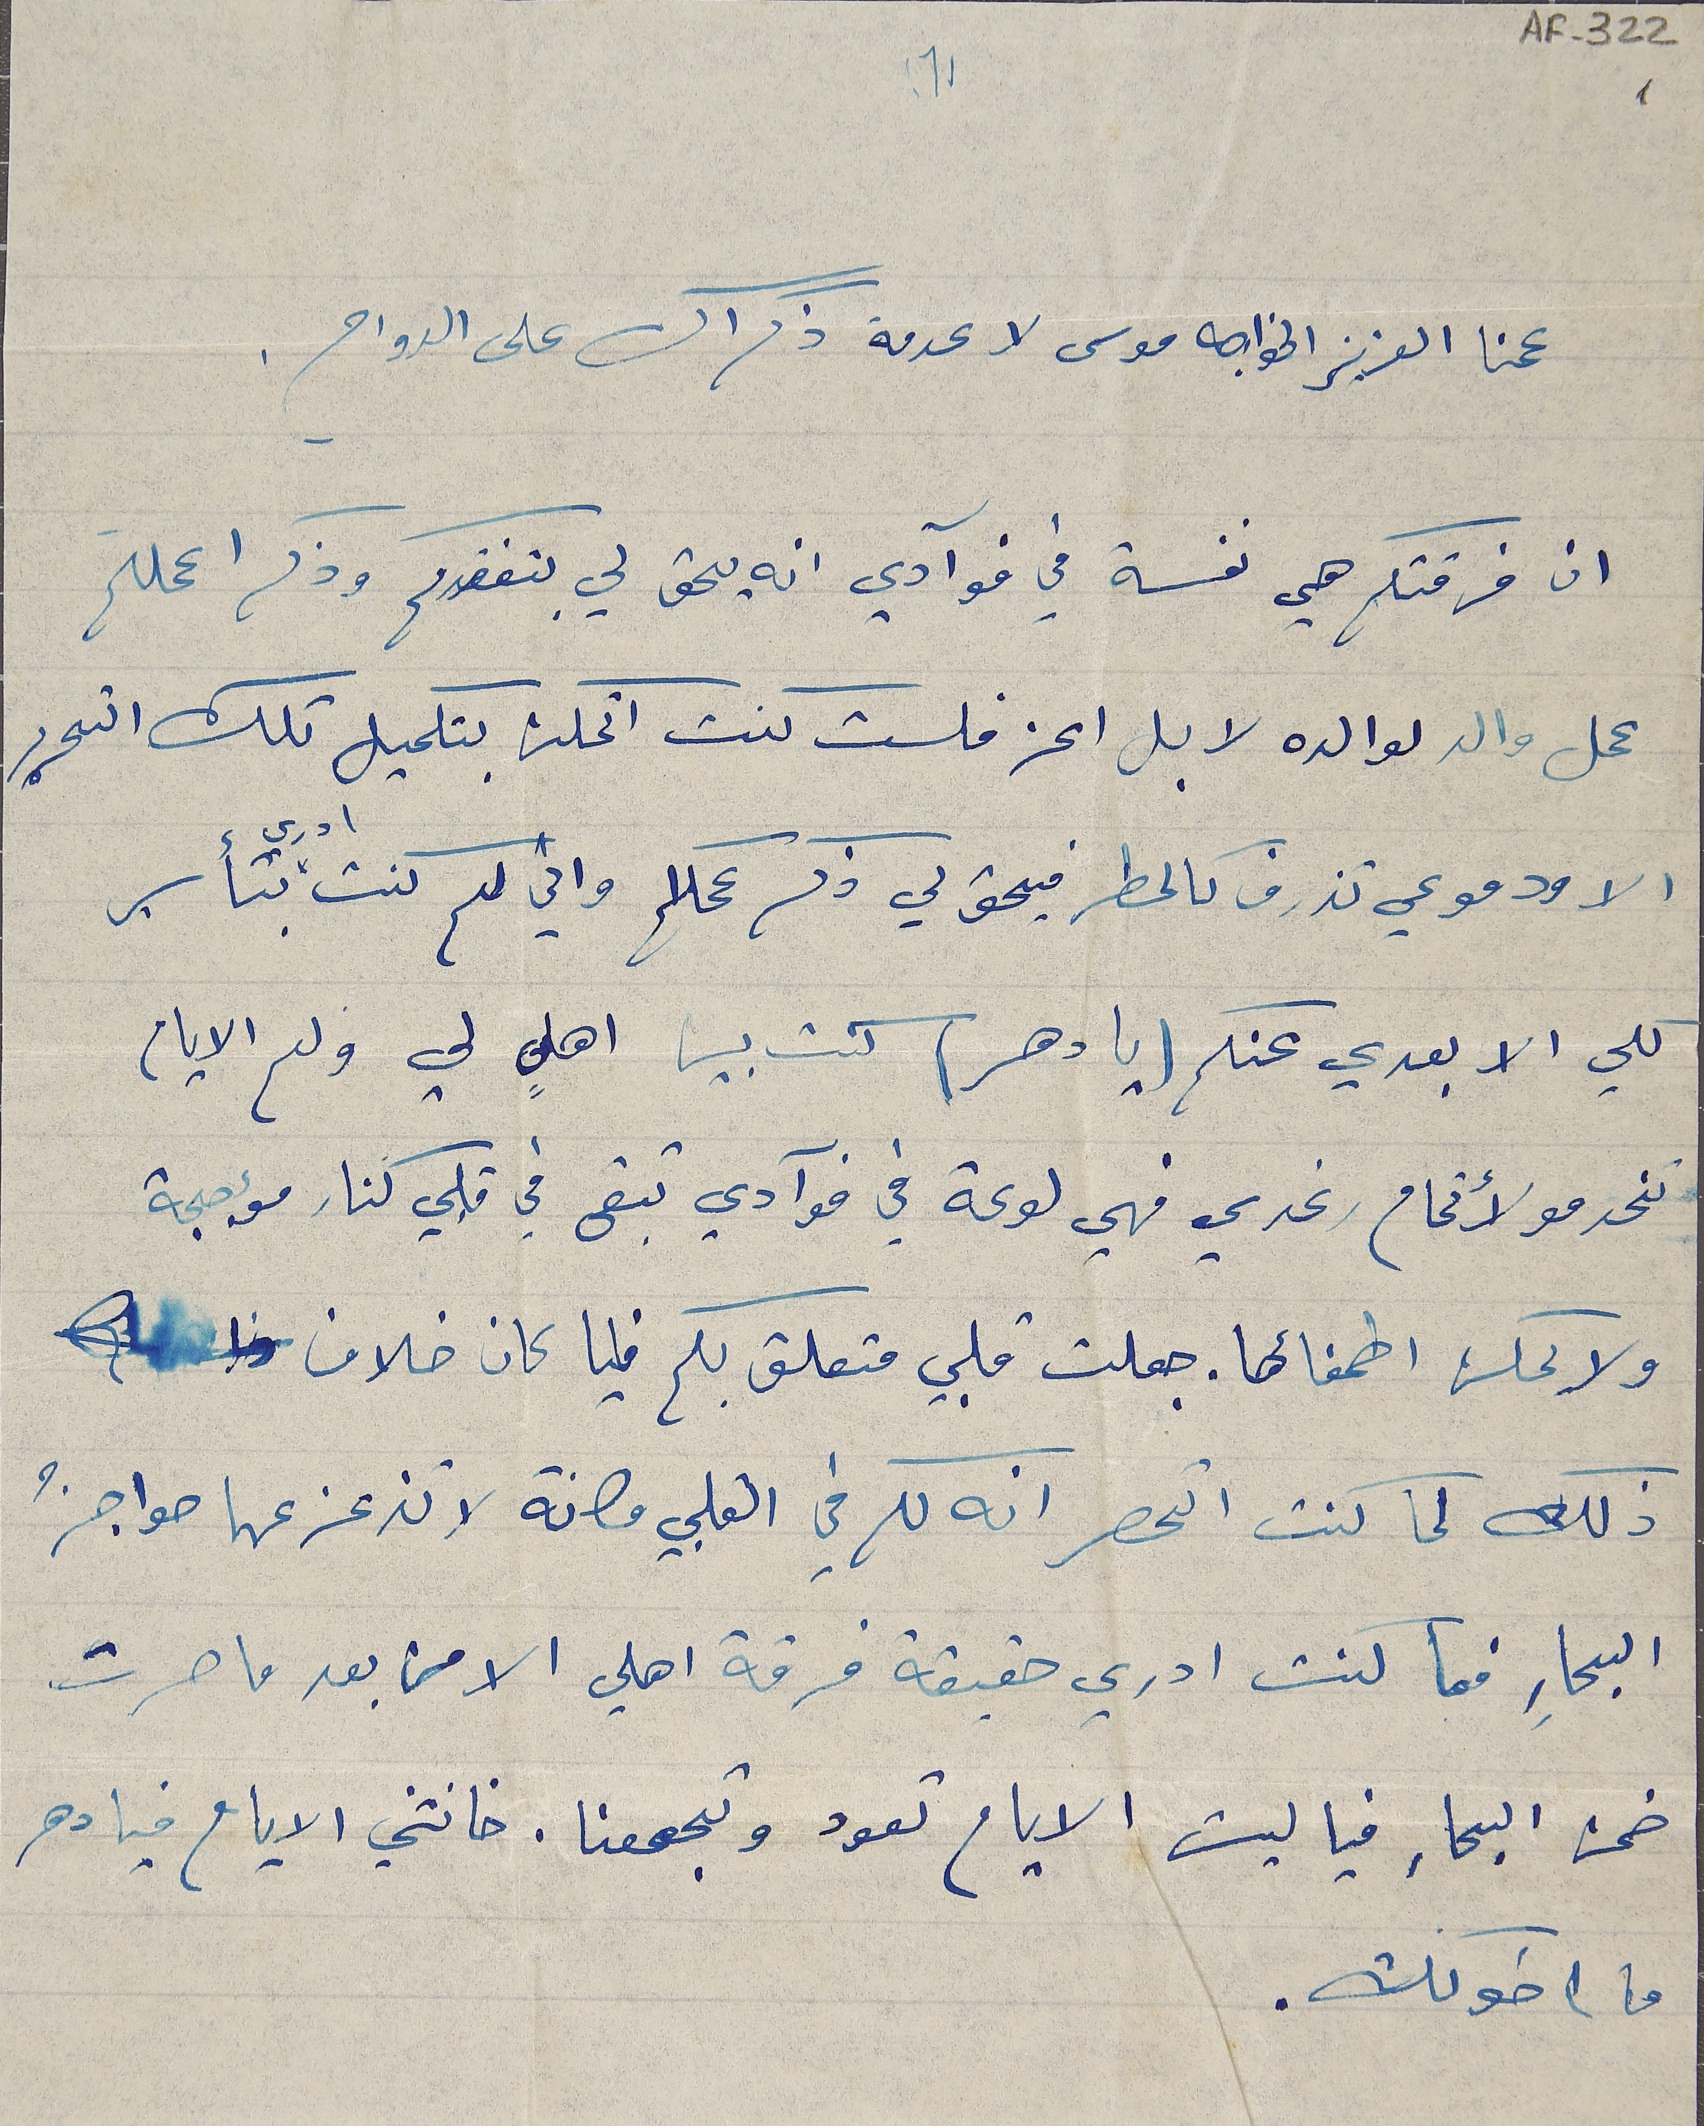
AF- 322 1
(1)
عمنا العزيز الخواجه موسى لا عدمة ذكراك على الدوام.
ان فرقتكم هي نفسة في فوآدي انه يحق لي بتفقدكم وذكر اعمالكم
عمل والد لوالده لا بل اعز فلست كنت اتمكن بتكميل تلك التحرير
الا ودموعي تذرف كالمطر فيحق لي ذكر عملكم واني لم كنت ادري بتأسير
كلي الا بعدي عنكم (يا دهر) كنت بين اهلٍ لي ولم الايام
تخدمو لأتمام رغدي فهي لوعة في فوآدي تبقى في قلبي كنار مؤججة
ولا يمكن اطفأها. جعلت قلبي متعلق بكم فليا كان خلاف
البحارِ فما كنت ادري حقيقة فرقة اهلي الا من بعد ما صرت
ضمن البحار فيا ليت الايام تعود وتجمعنا. خانتني الايام فيا دهر
ما اخونك.
ذلك لما كنت اتحصر انه لكم في القلبي مكانة لا تزعزعها حواجزُ